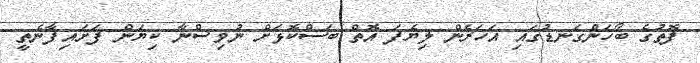
ފޮތުގެ ބޯހަންގަނޑުގައި އަހަރެން ލިޔެފަ އޮތް ބަސްކޮޅަށް ނުވިސްނާ ކިޔަން ފަށައިފާނެތީ